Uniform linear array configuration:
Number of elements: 24
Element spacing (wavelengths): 0.5
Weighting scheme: blackman
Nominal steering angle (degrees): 0
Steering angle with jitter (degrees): -1.356
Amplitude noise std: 0.05
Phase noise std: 0.05

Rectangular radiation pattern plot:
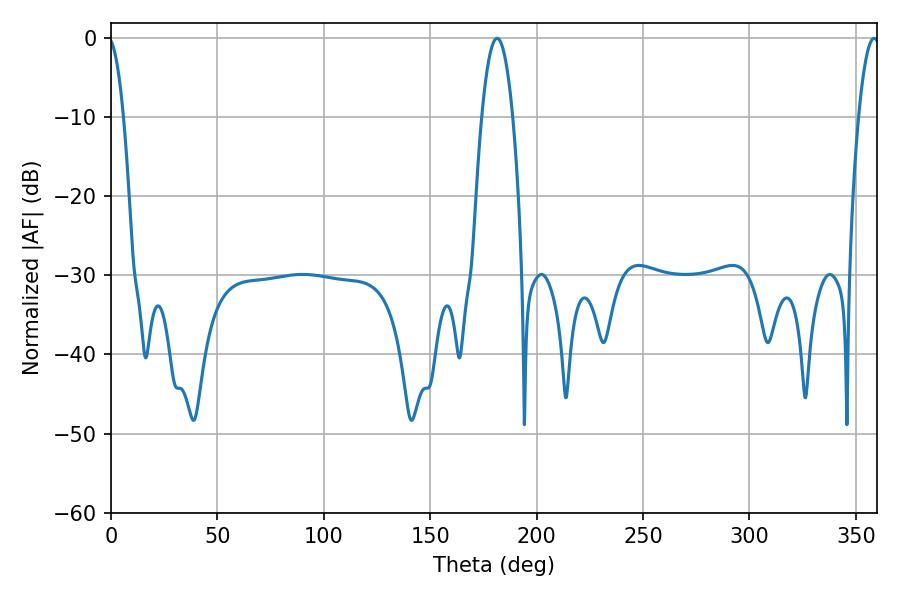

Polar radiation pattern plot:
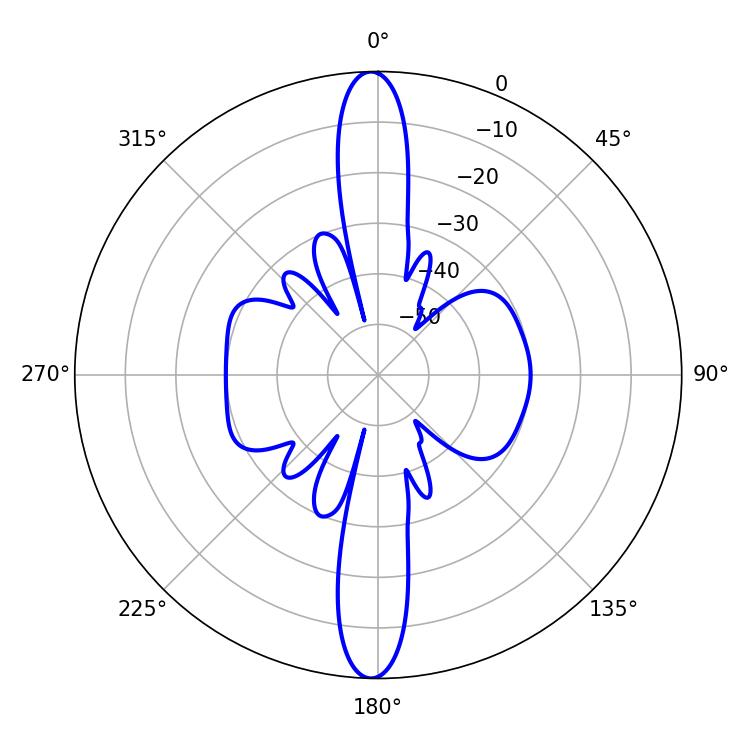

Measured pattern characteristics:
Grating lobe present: FALSE
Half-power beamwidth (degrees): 7.92
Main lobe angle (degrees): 181.44